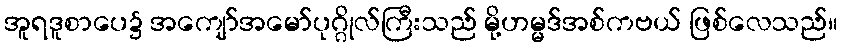
အူရဒူစာပေ၌ အကျော်အမော်ပုဂ္ဂိုလ်ကြီးသည် မို့ဟမ္မဒ်အစ်ကဗယ် ဖြစ်လေသည်။